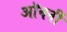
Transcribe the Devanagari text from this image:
ऑर्क्नी